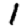
Digit: 1